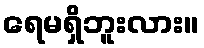
ရေမရှိဘူးလား။